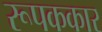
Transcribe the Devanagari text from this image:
रूपककार